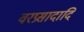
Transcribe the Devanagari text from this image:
वरप्रसादादि